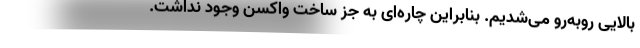
بالایی روبه‌رو می‌شدیم. بنابراین چاره‌ای به جز ساخت واکسن وجود نداشت.